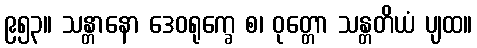
၉၅၃။ သန္တာနော ဒေဝရုက္ခေ စ၊ ဝုတ္တော သန္တတိယံ ပျထ။